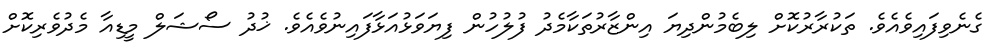
ގެނެވިފައިވެއެވެ. ތަކުރާރުކޮށް ލިބެމުންދިޔަ އިންޒާރުތަކާމެދު ފުލުހުން ފިޔަވަޅުއަޅާފައިނުވެއެވެ. ޚުދު ސޯޝަލް މީޑިއާ މެދުވެރިކޮށް